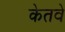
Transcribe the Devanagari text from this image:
केतवे